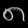
Digit: ၈